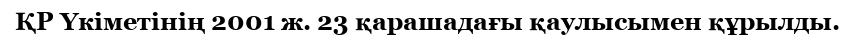
ҚР Үкіметінің 2001 ж. 23 қарашадағы қаулысымен құрылды.